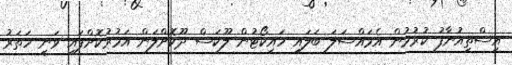
އިސްތިއުނާފު ކުރުމުން އެމައްސަލަ ބަލައި ހައިކޯޓުން ލޫކަސް ދޫކޮށްލަން އަމުރުކޮށްފައި ވަނީ ހަތަރު